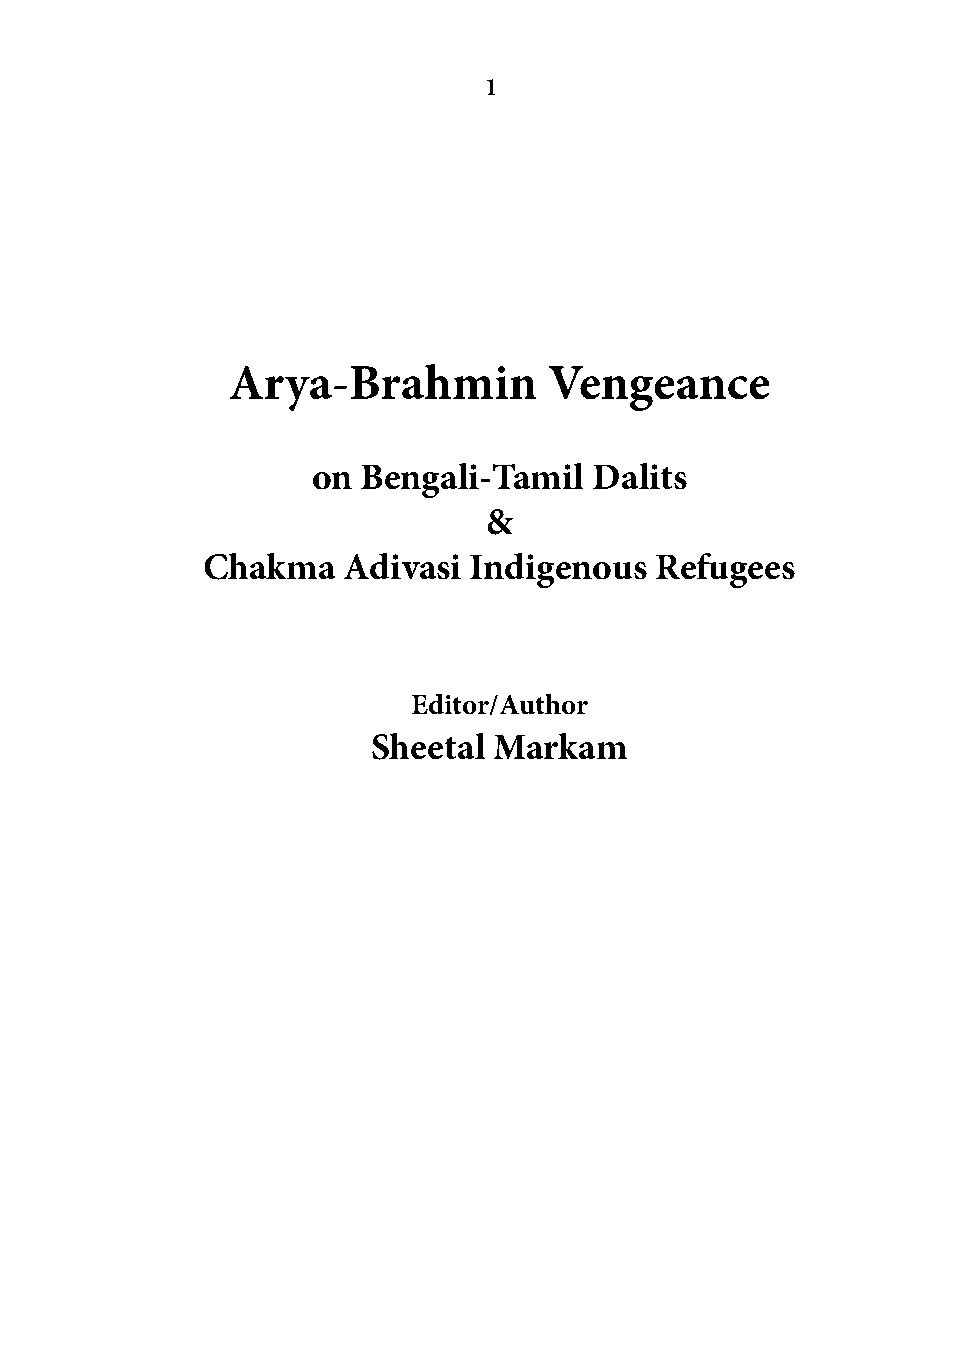
1
 Arya-Brahmin         Vengeance
 on Bengali-Tamil  Dalits
 &
 Chakma    Adivasi Indigenous  Refugees
 Editor/Author
 Sheetal Markam